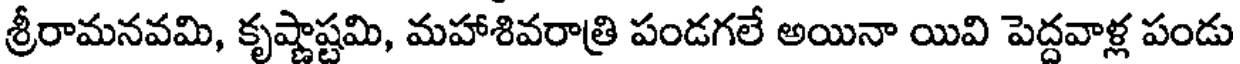
శ్రీరామనవమి, కృష్ణాష్టమి, మహాశివరాత్రి పండగలే అయినా యివి పెద్దవాళ్ల పండు